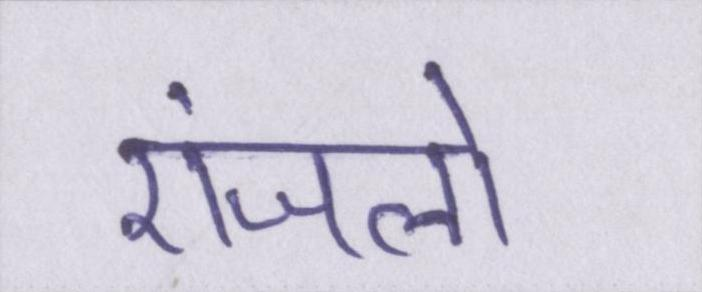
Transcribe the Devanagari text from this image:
एंजलो